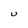
Character: U